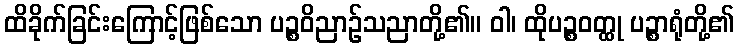
ထိခိုက်ခြင်းကြောင့်ဖြစ်သော ပဉ္စဝိညာဉ်သညာတို့၏။ ဝါ၊ ထိုပဉ္စဝတ္ထု ပဉ္စာရုံတို့၏